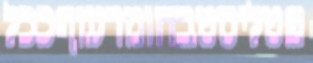
פטליסטבחומרעוףככל